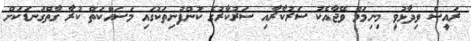
ރައީސް ވިދާޅުވީ މިނިމަމް ވޭޖާއެކު ސަރުކާރާއި ސަރުކާރުގެ ކުންފުނިތަކުގައި މަސައްކަތް ކުރާ ގާތްގަނޑަކަށް